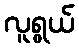
လူရွယ်